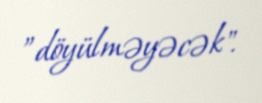
”döyülməyəcək".